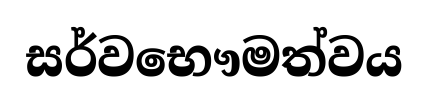
සර්වභෞමත්වය